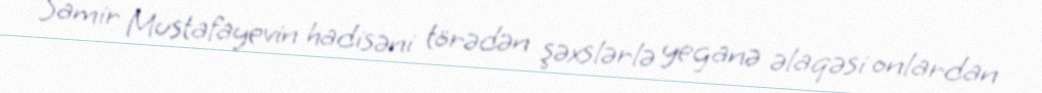
Samir Mustafayevin hadisəni törədən şəxslərlə yeganə əlaqəsi onlardan